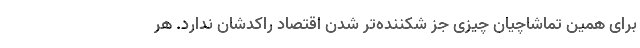
برای همین تماشاچیان چیزی جز شکننده‌تر شدن اقتصاد راکد‌شان ندارد. هر